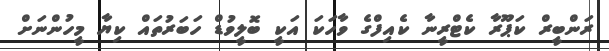
ރަންބީރް ކަޕޫރާ ކެޓްރީނާ ކެއިފްގެ ވާހަކަ އަކީ ބޮލީވުޑް ހަބަރުތައް ކިޔާ މީހުންނަށް